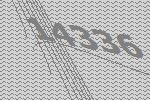
14336